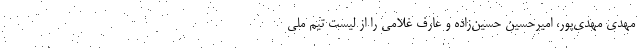
مهدی مهدی‌پور، امیرحسین حسین‌زاده و عارف غلامی را از لیست تیم ملی